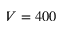
V = 4 0 0